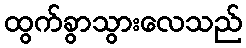
ထွက်ခွာသွားလေသည်